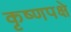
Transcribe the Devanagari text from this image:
कृष्णपक्षे